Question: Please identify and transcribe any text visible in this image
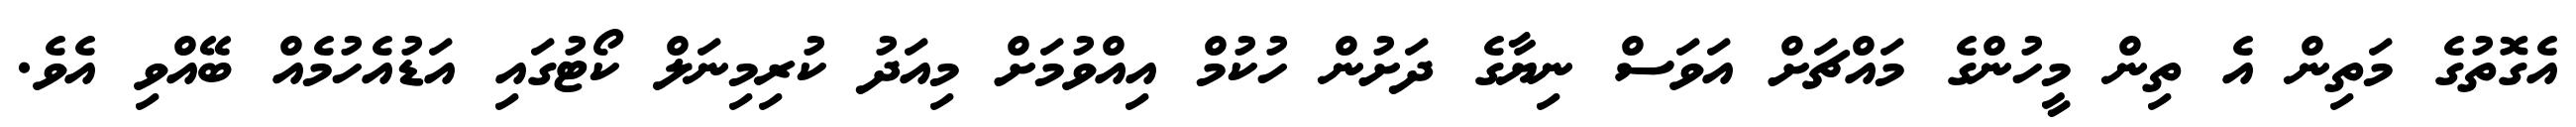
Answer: އެގޮތުގެ މަތިން އެ ތިން މީހުންގެ މައްޗަށް އަވަސް ނިޔާގެ ދަށުން ހުކުމް އިއްވުމަށް މިއަދު ކުރިމިނަލް ކޯޓުގައި އަޑުއެހުމެއް ބޭއްވި އެވެ.